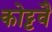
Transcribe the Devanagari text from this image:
कोट्टवै